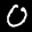
Label: 0